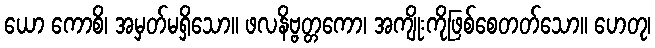
ယော ကောစိ၊ အမှတ်မရှိသော။ ဖလနိဗ္ဗတ္တကော၊ အကျိုးကိုဖြစ်စေတတ်သော။ ဟေတု၊